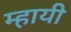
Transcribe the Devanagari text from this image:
म्हायी